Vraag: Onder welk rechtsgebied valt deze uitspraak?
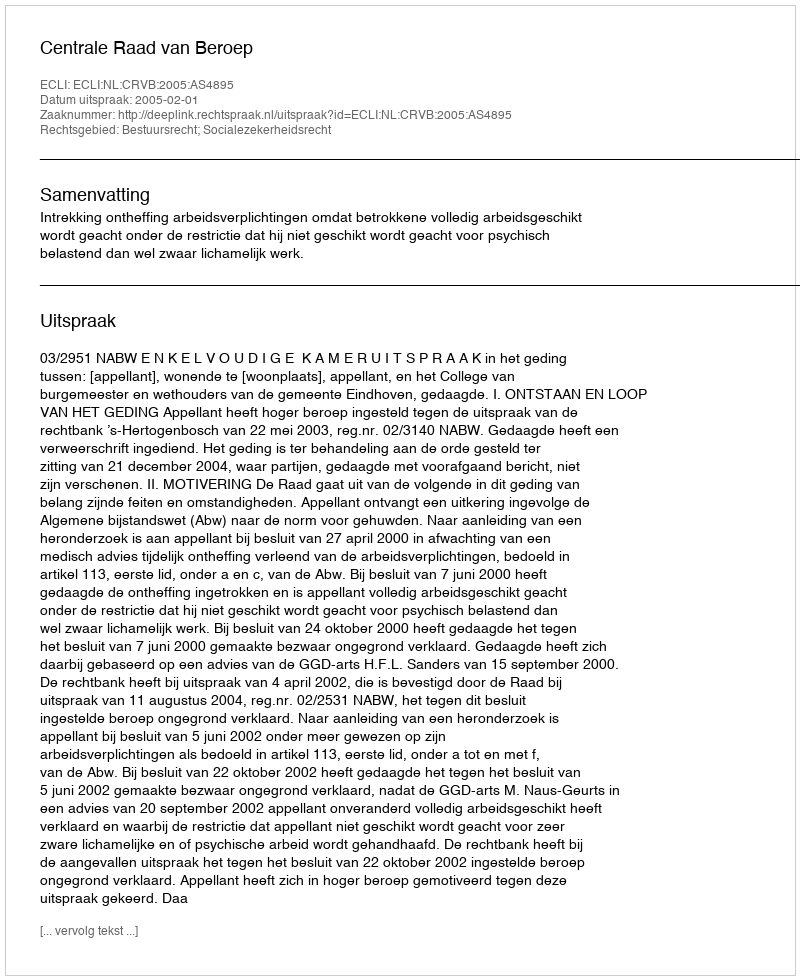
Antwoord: Bestuursrecht; Socialezekerheidsrecht